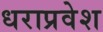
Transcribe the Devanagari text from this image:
धराप्रवेश